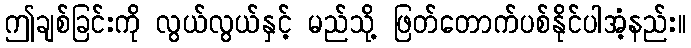
ဤချစ်ခြင်းကို လွယ်လွယ်နှင့် မည်သို့ ဖြတ်တောက်ပစ်နိုင်ပါအံ့နည်း။